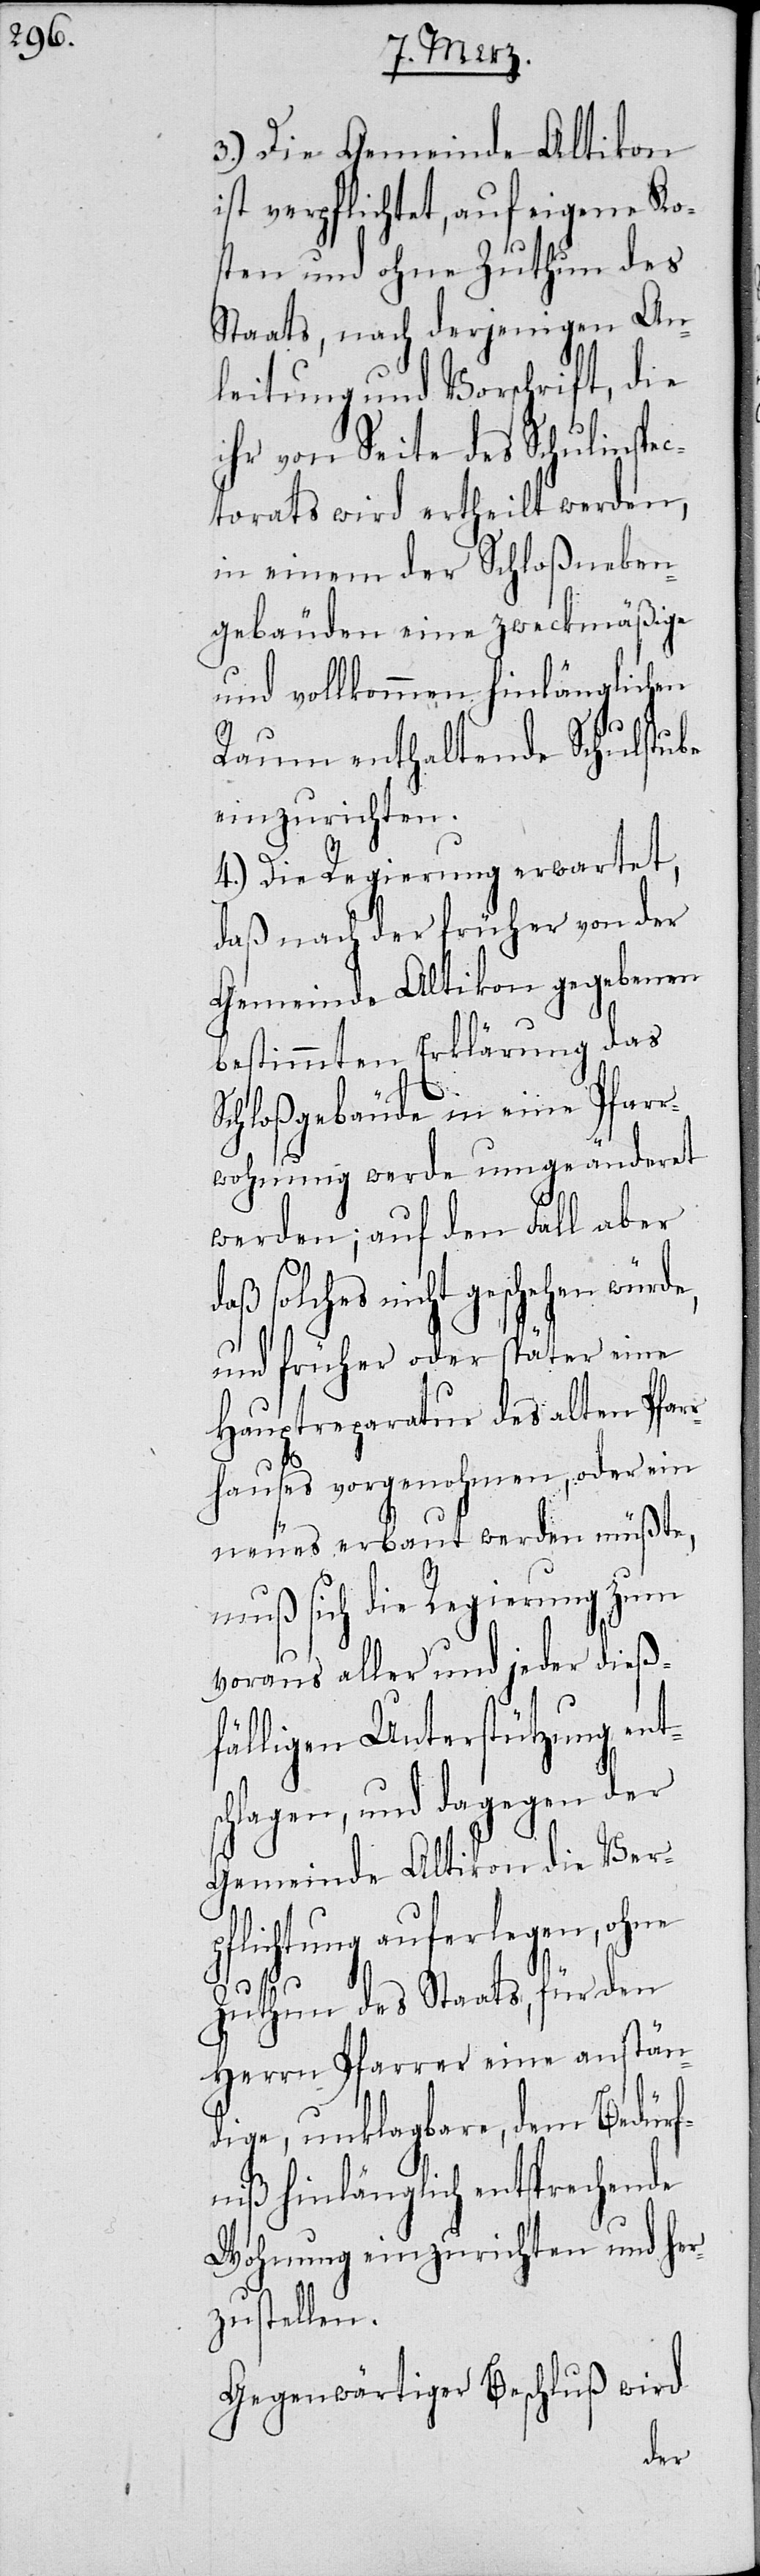
ts¬
3.) Die Gemeinde Altikon
ist verpflichtet, auf eigene Ko¬
sten und ohne Zuthun des
Staats, nach derjenigen An¬
leitung und Vorschrift, die
ihr von Seite des Schulinspec¬
torats wird ertheilt werden,
in einem der Schloßneben¬
gebäuden eine zweckmäßige
und vollkommen hinlänglichen
Raum enthaltende Schulstube
einzurichten.
4.) Die Regierung erwartet,
daß nach der früher von der
Gemeinde Altikon gegebenen
bestimmten Erklärung das
Schloßgebäude in eine Pfarr¬
wohnung werde umgeänderet
werden; auf den Fall aber
solches nicht geschehen würde,
eine
und früher oder spät¬
Hauptreparatur des alten Pfar¬
rhauses vorgenohmen, oder ein
neues erbaut werden müßte,
muß sich die Regierung zum
voraus aller und jeder dieß¬
fälligen Unterstützung en¬
er
chlagen, und dagegen
Gemeinde Altikon die Ver¬
pflichtung auferlegen, ohne
Zuthun des Staats, für den
Herrn Pfarrer eine anstän¬
dige, unklagbare, dem Bedürf¬
niß hinlänglich entsprechende
Wohnung einzurichten und her¬
zustellen.
Gegenwärtiger Beschluß wird
der